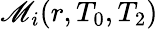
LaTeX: \mathscr{M}_{i}(r,T_{0},T_{2})